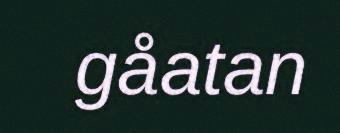
gåatan